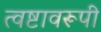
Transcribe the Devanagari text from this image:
त्वष्टावरूपी